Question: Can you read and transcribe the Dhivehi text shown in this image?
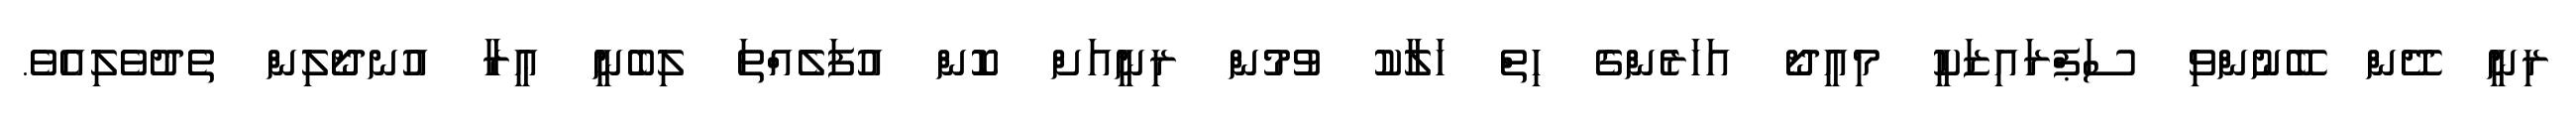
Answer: ރިނީ ދޭން ބޭނުންވި ސަޕްރައިޒަކީ މިއީދޯ އަހަރެންގެ ހިތް ހަލާކު ވުމުން ރިނީއަށް ކޮން އުފަލެއްތަ ލިބެނީ ޢީރާ އުނދޯލިން ތެދުވެލިއެވެ.